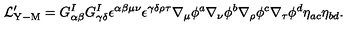
{ \cal L } _ { \mathrm { Y - M } } ^ { \prime } = G _ { \alpha \beta } ^ { I } G _ { \gamma \delta } ^ { I } \epsilon ^ { \alpha \beta \mu \nu } \epsilon ^ { \gamma \delta \rho \tau } \nabla _ { \mu } \phi ^ { a } \nabla _ { \nu } \phi ^ { b } \nabla _ { \rho } \phi ^ { c } \nabla _ { \tau } \phi ^ { d } \eta _ { a c } \eta _ { b d } .